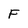
Character: F